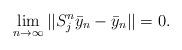
LaTeX: \begin{align*}\lim_{n\to\infty}||S_{j}^n\bar{y}_n-\bar{y}_n||=0.\end{align*}